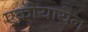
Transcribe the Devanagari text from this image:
एकोयायेन